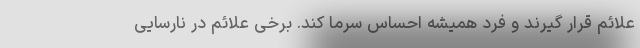
علائم قرار گیرند و فرد همیشه احساس سرما کند. برخی علائم در نارسایی